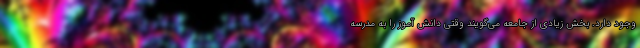
وجود دارد. بخش زیادی از جامعه می‌گویند وقتی دانش آموز را به مدرسه